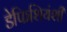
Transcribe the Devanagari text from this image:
डेफिशियंशी